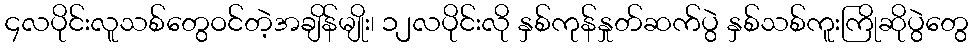
၄လပိုင်းလူသစ်တွေဝင်တဲ့အချိန်မျိုး၊ ၁၂လပိုင်းလို နှစ်ကုန်နှုတ်ဆက်ပွဲ နှစ်သစ်ကူးကြိုဆိုပွဲတွေ